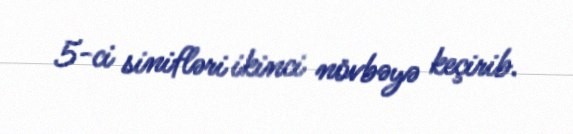
5-ci sinifləri ikinci növbəyə keçirib.